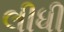
લીધી